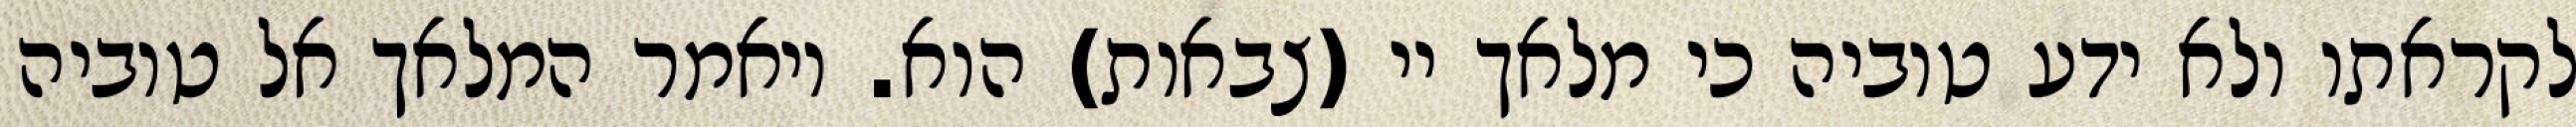
לקראתו ולא ידע טוביה כי מלאך יי (צבאות) הוא. ויאמר המלאך אל טוביה